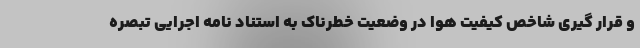
و قرار گیری شاخص کیفیت هوا در وضعیت خطرناک به استناد نامه اجرایی تبصره